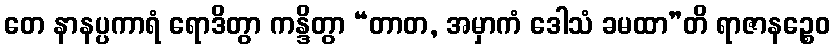
တေ နာနပ္ပကာရံ ရောဒိတွာ ကန္ဒိတွာ “တာတ, အမှာကံ ဒေါသံ ခမထာ”တိ ရာဇာနဉ္စေဝ